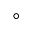
^ \circ